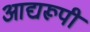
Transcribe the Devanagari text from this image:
आद्यरूपी